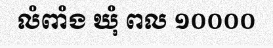
លំពាំង ឃុំ ពល ១០០០០